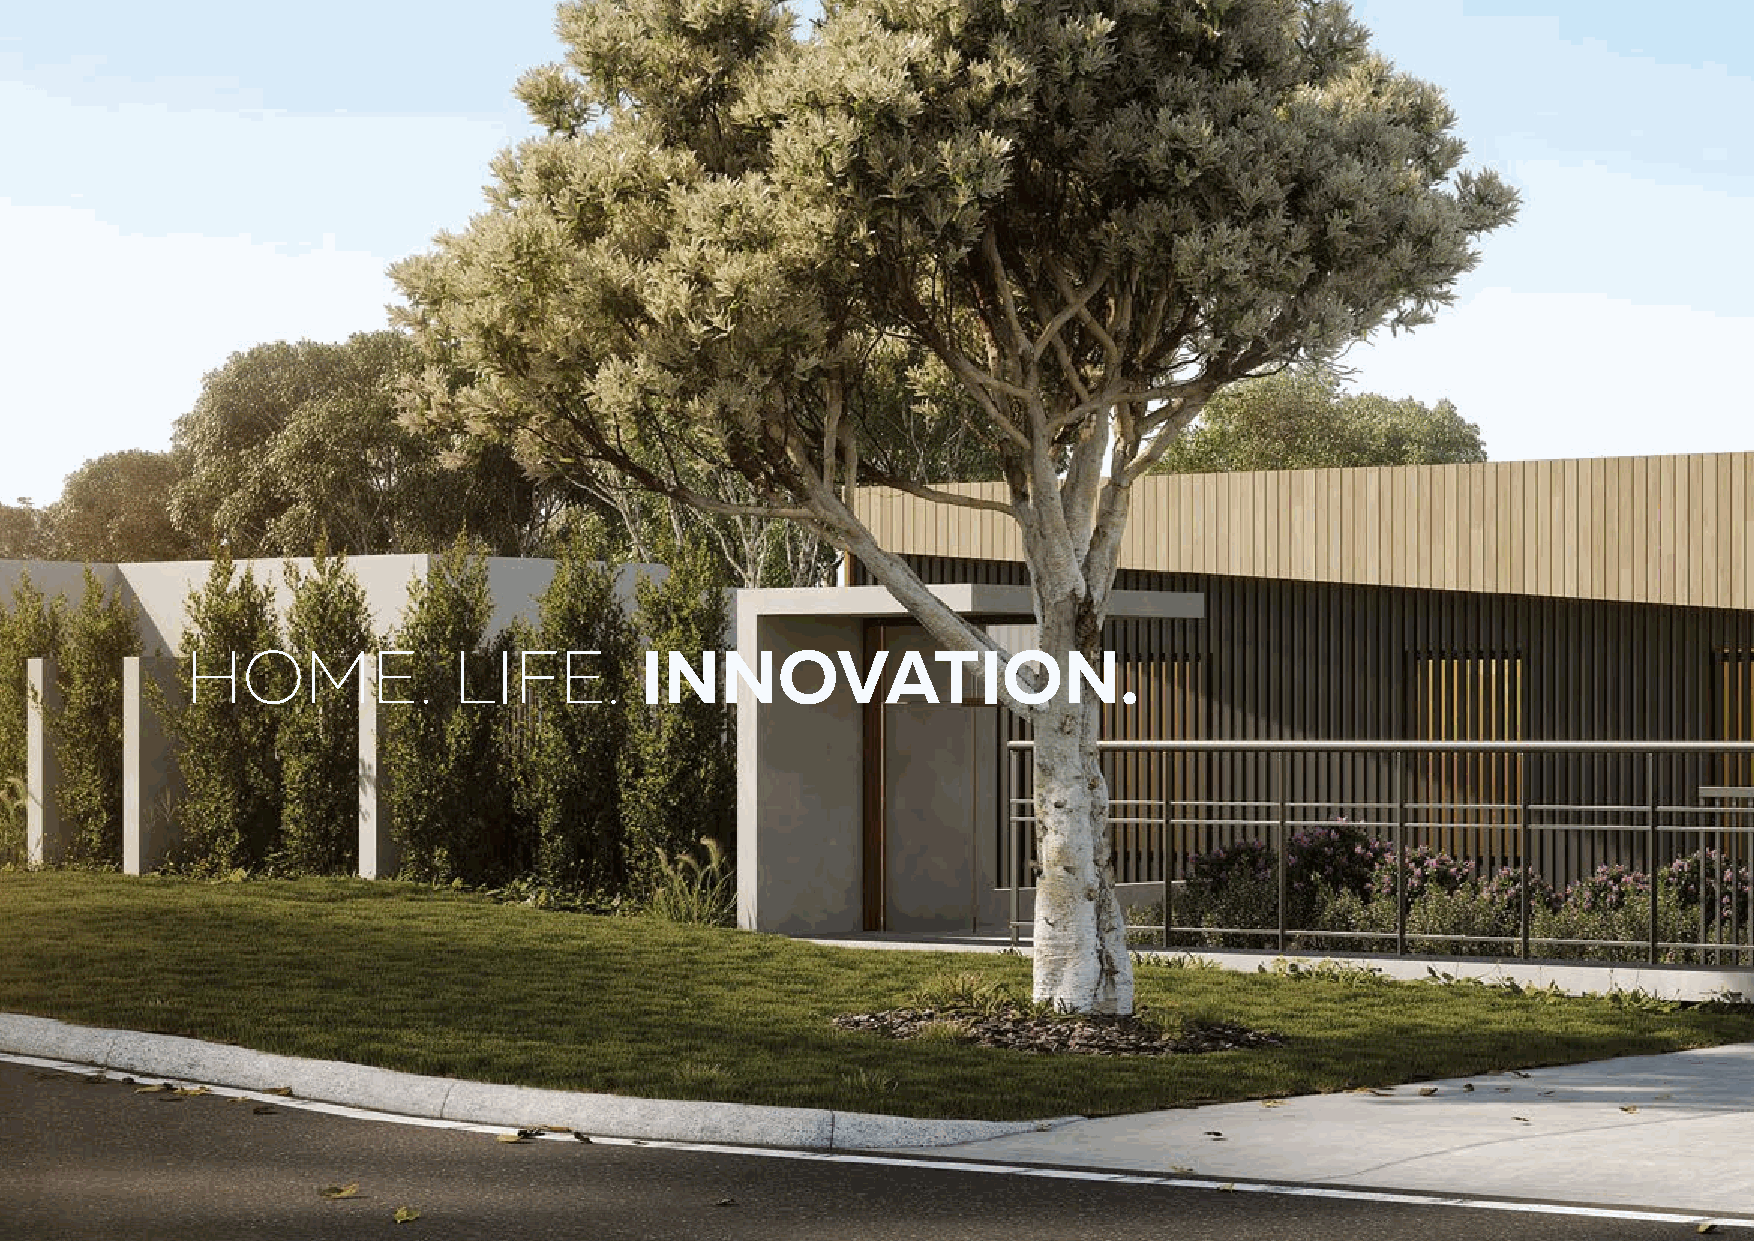
HOME.             LIFE.       INNOVATION.